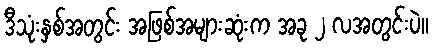
ဒီသုံးနှစ်အတွင်း အဖြစ်အများဆုံးက အခု ၂ လအတွင်းပဲ။